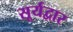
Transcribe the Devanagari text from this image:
सूर्यद्वार